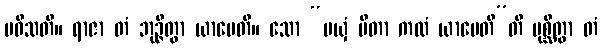
ပဝိသတိ။ ရာဇာ တံ ဘုဉ္ဇိတွာ ယာပေတိ။ သော “မယှံ ပိတာ ကထံ ယာပေတီ”တိ ပုစ္ဆိတွာ တံ